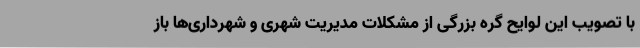
با تصویب این لوایح گره بزرگی از مشکلات مدیریت شهری و شهرداری‌ها باز